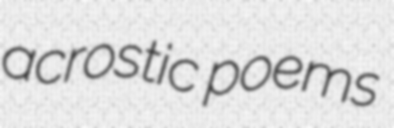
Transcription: acrostic poems